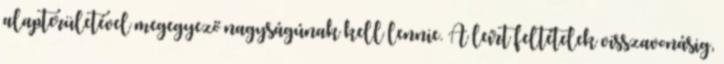
alapterületével megegyező nagyságúnak kell lennie. A leírt feltételek visszavonásig,